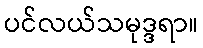
ပင်လယ်သမုဒ္ဒရာ။